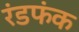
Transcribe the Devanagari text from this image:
रंडफंक